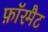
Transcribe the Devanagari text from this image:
फ़ॉरमैट